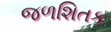
જળશિતક